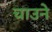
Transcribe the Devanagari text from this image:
चाउने